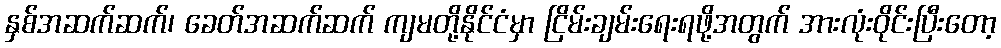
နှစ်အဆက်ဆက်၊ ခေတ်အဆက်ဆက် ကျမတို့နိုင်ငံမှာ ငြိမ်းချမ်းရေးရဖို့အတွက် အားလုံးဝိုင်းပြီးတော့